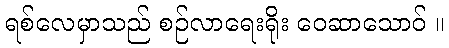
ရစ်လေမှာသည် စဉ်လာရေးရိုး ဝေဆာသောဝ် ။